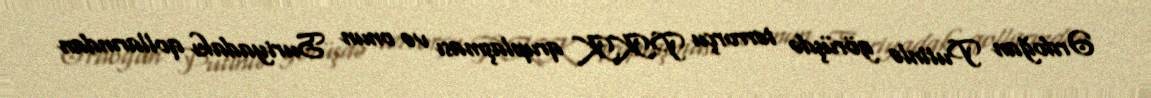
Ərdoğan Putinlə görüşdə terrorçu PKK qruplaşması və onun Suriyadakı qollarından